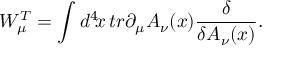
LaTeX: W _ { \mu } ^ { T } = \int d ^ { 4 } \! x \, t r \partial _ { \mu } A _ { \nu } ( x ) { \frac { \delta } { \delta A _ { \nu } ( x ) } } .